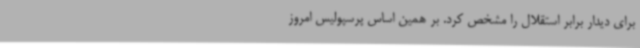
برای دیدار برابر استقلال را مشخص کرد. بر همین اساس پرسپولیس امروز